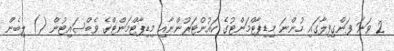
2 ވަނަ ފަންގިފިލާގައި ހުންނަ މިޑިޕާޓްމަންޓުގެ ކައުންޓަރުންނާއި މިޑިޕާޓްމަންޓްގެ ވެބްސައިޓުން () ލިބެން